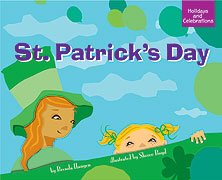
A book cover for St. Patrick's Day (Holidays and Celebrations (Picture Window)); Brenda Haugen; Children's Books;